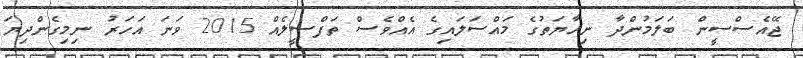
ޖޭއެސްސީން ބަލަމުންދާ ނިހާޔަތުގެ މައްސަލައިގެ އެއްވެސް ތަފްސީލެއް 2015 ވަނަ އަހަރު ނިމިގެންދިޔަ